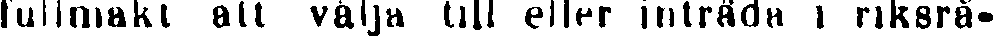
fullmakt att välja till eller inträda i riksrå-